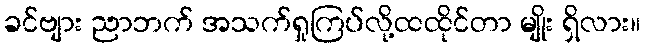
ခင်ဗျား ညာဘက် အသက်ရှုကြပ်လို့ထထိုင်တာ မျိုး ရှိလား။